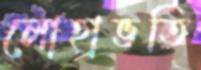
লোহাভর্তি